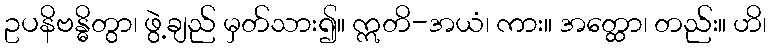
ဥပနိဗန္ဓိတွာ၊ ဖွဲ့ချည် မှတ်သား၍။ ဣတိ-အယံ၊ ကား။ အတ္ထော၊ တည်း။ ဟိ၊